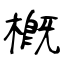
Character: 槪